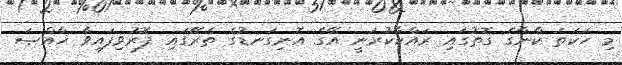
މި ހަކަތަ ކާނާގެ ގޮތުގައި ރައްކާކުރަނީ އޭގެ އޮނިގަނޑުގެ ތެރޭގައި ފޮރުވިފައިވާ ޚާއްޞަ